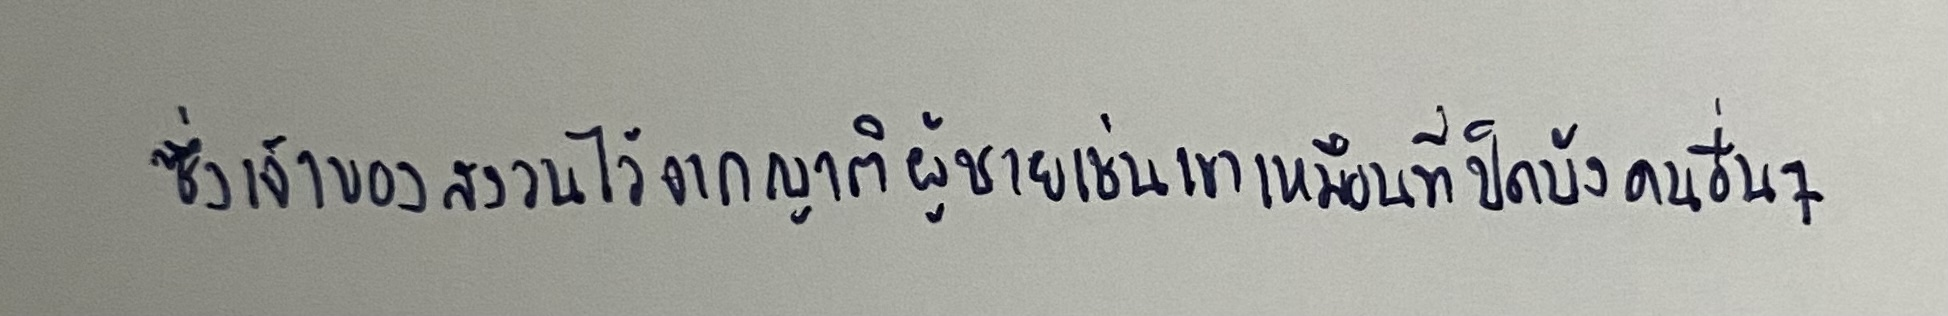
ซึ่งเจ้าของเขาสงวนไว้จากญาติผู้ชายเช่นเขาเหมือนที่ปิดบังคนอื่นๆ